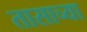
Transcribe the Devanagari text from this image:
तासाच्‍या